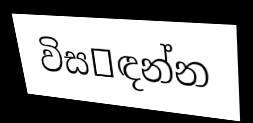
විස෾ඳන්න